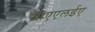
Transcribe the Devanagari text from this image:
सीएएलईए